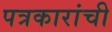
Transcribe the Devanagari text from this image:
पत्रकारांची